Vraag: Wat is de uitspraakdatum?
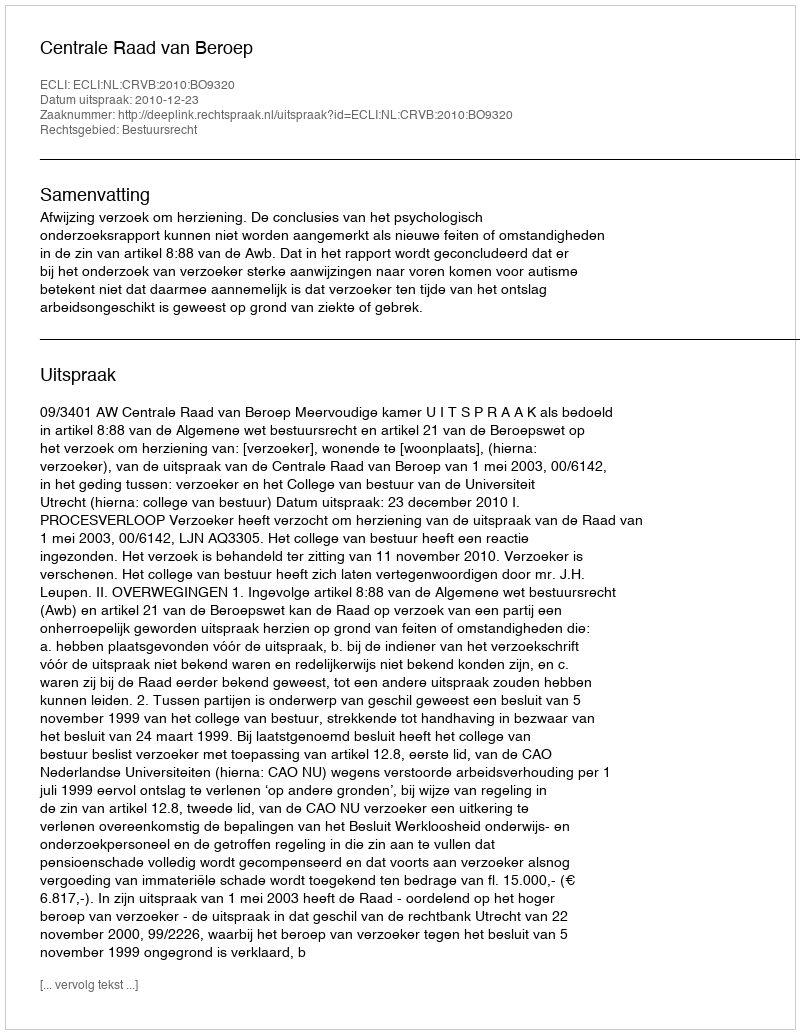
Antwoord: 2010-12-23